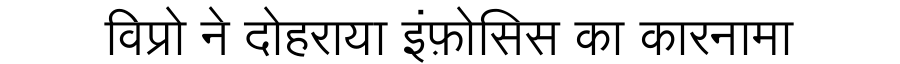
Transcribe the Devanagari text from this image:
विप्रो ने दोहराया इंफ़ोसिस का कारनामा